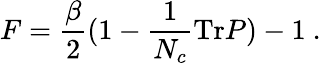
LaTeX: F={\frac{\beta}{2}}(1-{\frac{1}{N_{c}}}\mathrm{Tr}P)-1\ .